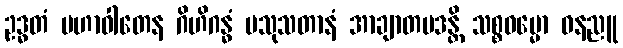
ဥဒ္ဓတံ မဟာဝါတေန ဂိဟိဂန္ဓံ ပသုသတာနံ အာချာတပဒန္တိ သစ္စဓမ္မော ဝနညူ